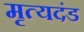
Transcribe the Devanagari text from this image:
मृत्यदंड